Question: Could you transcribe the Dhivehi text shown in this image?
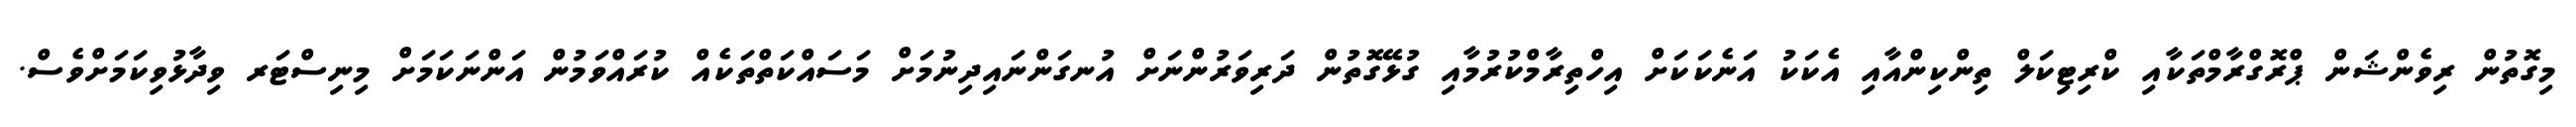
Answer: މިގޮތުން ރިވެންޝަން ޕްރޮގްރާމްތަކާއި ކްރިޓިކަލް ތިންކިންއާއި އެކަކު އަނެކަކަށް އިހްތިރާމްކުރުމާއި ގުޅޭގޮތުން ދަރިވަރުންނަށް އުނގަންނައިދިނުމަށް މަސައްކަތްތަކެއް ކުރައްވަމުން އަންނަކަމަށް މިނިސްޓަރ ވިދާޅުވިކަމަށްވެސް.